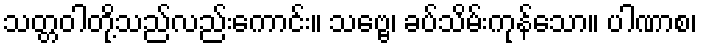
သတ္တဝါတို့သည်လည်းကောင်း။ သဗ္ဗေ၊ ခပ်သိမ်းကုန်သော။ ပါဏာစ၊